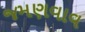
જમણવાવ